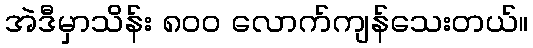
အဲဒီမှာသိန်း ၈၀၀ လောက်ကျန်သေးတယ်။